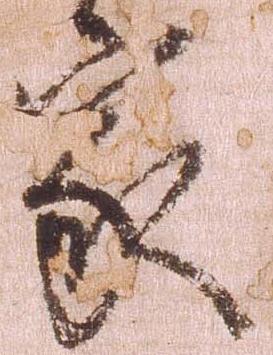
家